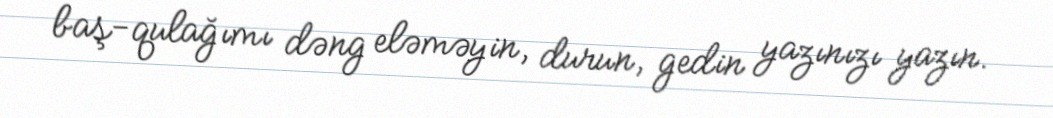
baş-qulağımı dəng eləməyin, durun, gedin yazınızı yazın.